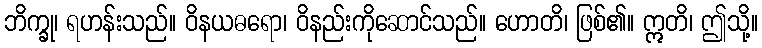
ဘိက္ခု၊ ရဟန်းသည်။ ဝိနယဓရော၊ ဝိနည်းကိုဆောင်သည်။ ဟောတိ၊ ဖြစ်၏။ ဣတိ၊ ဤသို့။